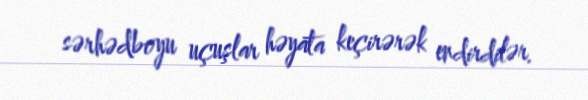
sərhədboyu uçuşlar həyata keçirərək endirdilər.